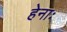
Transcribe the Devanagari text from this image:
हेनाः